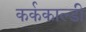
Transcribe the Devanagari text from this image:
कर्ककाल्डी